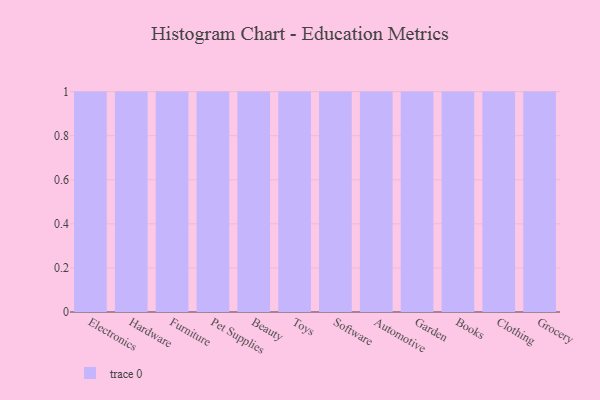
{"axis": {"x": "Category", "y": "Revenue (USD Million)"}, "legend": [""], "data": [{"x": "Electronics", "y": 99, "type": ""}, {"x": "Hardware", "y": 67, "type": ""}, {"x": "Furniture", "y": 69, "type": ""}, {"x": "Pet Supplies", "y": 61, "type": ""}, {"x": "Beauty", "y": 4, "type": ""}, {"x": "Toys", "y": 37, "type": ""}, {"x": "Software", "y": 9, "type": ""}, {"x": "Automotive", "y": 19, "type": ""}, {"x": "Garden", "y": 63, "type": ""}, {"x": "Books", "y": 46, "type": ""}, {"x": "Clothing", "y": 6, "type": ""}, {"x": "Grocery", "y": 14, "type": ""}]}